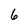
Character: 6